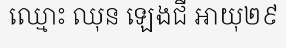
ឈ្មោះ ឈុន ឡេងជី អាយុ២៩